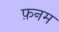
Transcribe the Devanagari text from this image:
फ़नम